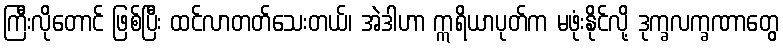
ကြီးလိုတောင် ဖြစ်ပြီး ထင်လာတတ်သေးတယ်၊ အဲဒါဟာ ဣရိယာပုတ်က မဖုံးနိုင်လို့ ဒုက္ခလက္ခဏာတွေ